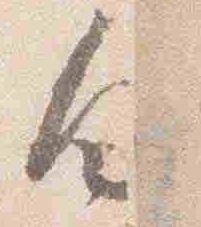
白